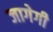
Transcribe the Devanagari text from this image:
जागेगी